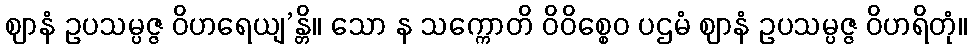
ဈာနံ ဥပသမ္ပဇ္ဇ ဝိဟရေယျ’န္တိ။ သော န သက္ကောတိ ဝိဝိစ္စေဝ ပဌမံ ဈာနံ ဥပသမ္ပဇ္ဇ ဝိဟရိတုံ။